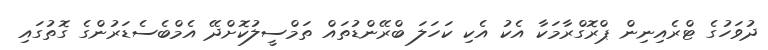
ދުވަހުގެ ޓްރެއިނިން ޕްރޮގްރާމަކާ އެކު އެކި ކަހަލަ ބްރޭންޑުތައް ތަމްސީލުކޮށްދޭ އެމްބެސެޑަރުންގެ ގޮތުގައި